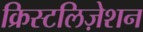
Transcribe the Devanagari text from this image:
क्रिस्टलिज़ेशन